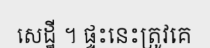
សេដ្ឋី ។ ផ្ទះនេះត្រូវគេ